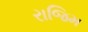
રાજિમ